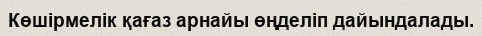
Көшірмелік қағаз арнайы өңделіп дайындалады.